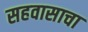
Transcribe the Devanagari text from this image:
सहवासाचा